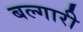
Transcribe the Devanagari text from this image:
बल्गारी